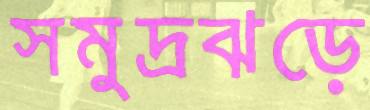
সমুদ্রঝড়ে